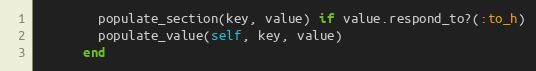
Language: Ruby
        populate_section(key, value) if value.respond_to?(:to_h)
        populate_value(self, key, value)
      end